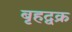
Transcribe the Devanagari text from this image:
बृहद्वक्र